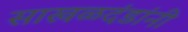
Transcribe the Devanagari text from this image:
साखळदंडांनी